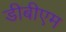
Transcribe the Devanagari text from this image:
डीबीएम